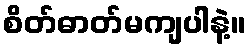
စိတ်ဓာတ်မကျပါနဲ့။